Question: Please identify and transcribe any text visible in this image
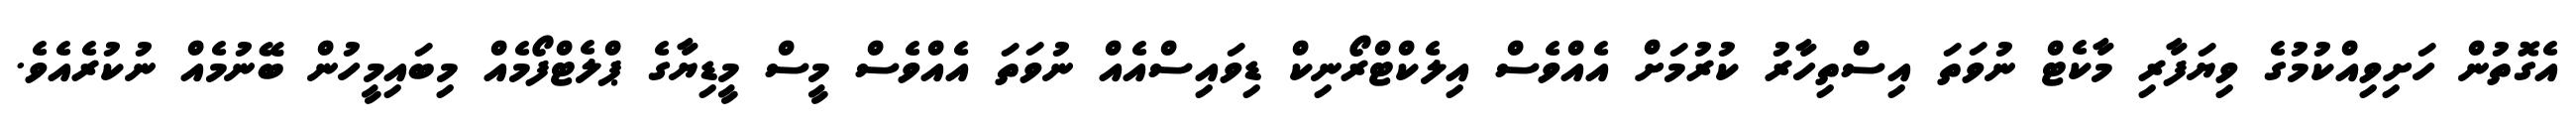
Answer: އެގޮތުން ހަށިވިއްކުމުގެ ވިޔަފާރި މާކެޓް ނުވަތަ އިސްތިހާރު ކުރުމަށް އެއްވެސް އިލެކްޓްރޯނިކް ޑިވައިސްއެއް ނުވަތަ އެއްވެސް މީސް މީޑިޔާގެ ޕްލެޓްފޯމެއް މިބައިމީހުން ބޭނުމެއް ނުކުރެއެވެ.